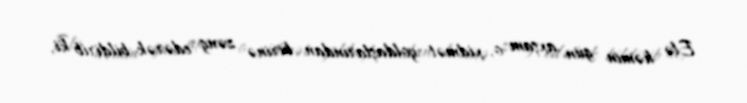
Elə həmin gün axşam o, xidmət yoldaşlarından birinə zəng edərək bildirib ki,